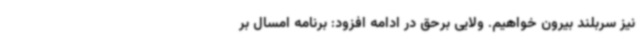
نیز سربلند بیرون خواهیم. ولایی برحق در ادامه افزود: برنامه امسال بر